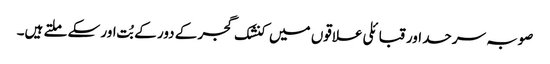
صوبہ سرحد اور قبائلی علاقوں میں کنشک گجر کے دور کے بُت اور سکے ملتے ہیں۔